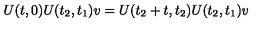
U ( t , 0 ) U ( t _ { 2 } , t _ { 1 } ) v = U ( t _ { 2 } + t , t _ { 2 } ) U ( t _ { 2 } , t _ { 1 } ) v